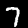
Digit: 7